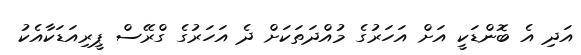
އަދި އެ ބޮންޑަކީ އަށް އަހަރުގެ މުއްދަތަކަށް ދެ އަހަރުގެ ގްރޭސް ޕީރިއަޑަކާއެކު